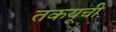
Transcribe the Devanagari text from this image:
तकयूची